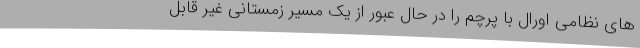
های نظامی اورال با پرچم را در حال عبور از یک مسیر زمستانی غیر قابل